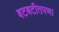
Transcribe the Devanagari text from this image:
बटबटीतपणा